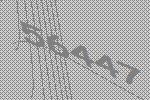
56447